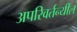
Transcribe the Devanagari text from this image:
अपरिवर्तन्यील